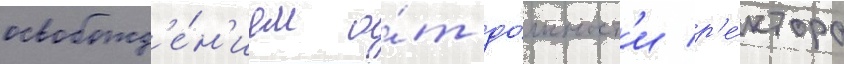
освобожд'е́н'ием о́т до́лжност'и р'е́ктора